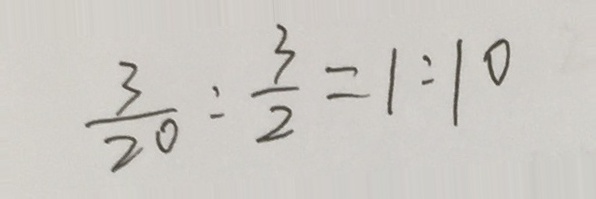
\frac { 3 } { 2 0 } : \frac { 3 } { 2 } = 1 : 1 0